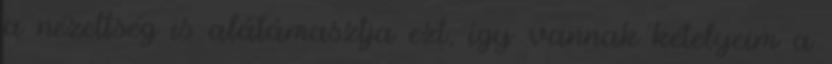
a nézettség is alátámasztja ezt, így vannak kételyeim a